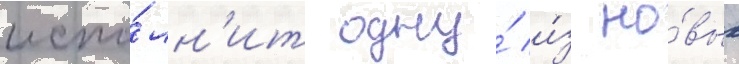
испо́лн'ит одну́ и́з но́вых